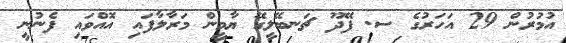
އުމުރުން 29 އަހަރުގެ ސ. ފޭދޫ ޗަނބޭލީގޭ ޔާމީން މަރާލާފައި އޮއްވައި ފެނުނީ